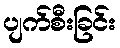
ပျက်စီးခြင်း